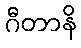
ဂီတာနိ